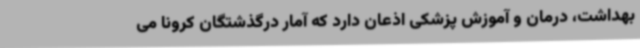
بهداشت، درمان و آموزش پزشکی اذعان دارد که آمار درگذشتگان کرونا می